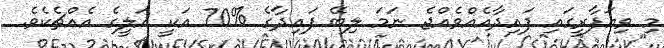
މި ވިޔަފާރީގައި ފައިދާއެއްވެއްޖެ ނަމަ ލިބޭ ފައިދާގެ %70 އަކީ އަލީގެ އެއްޗެކެވެ.